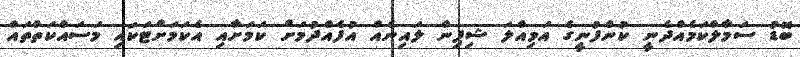
ބޮޑު ސަމާލްކަމެއްދެނީ ކުންފުނީގެ އަމިއްލަ ޝިޕިން ލައިނެއް އުފެއްދުމަށް ކަމަށާއި އެކަަމަށްޓަކައި މަސައްކަތްތައް